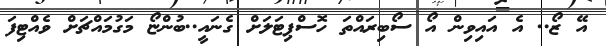
އޭ ޒޯ.. އެ އައިވިން އޯ ސޯބިރައްތަ ހޮސްޕިޓަލަށް ގެނައީ..ބުންޏޯ މަގުމައްޗަށް ވެއްޓިފަ